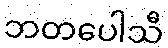
ဘတပေါသီ